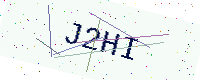
Text: J2HI